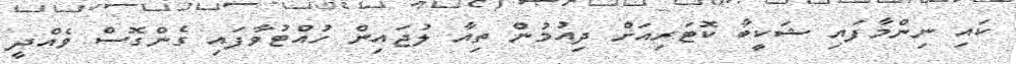
ކައި ނިންމާފައި ޝަކީބާ ކޮޓަރިއަށް ދިއުމުން ތިއާ ލުޖައިން ހުއްޓުވާފައި ގެންގޮސް ވެއްދީ